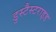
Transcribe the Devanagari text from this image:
डुस्टैस्टराइड